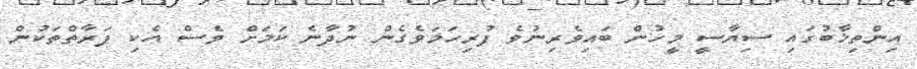
އިންތިޚާބުގައި ސިޔާސީ މީހުން ބައިވެރިނުވެ ފުރިހަމަވެގެން ނުދާނެ ކަމަށް ވެސް އެކި ފަރާތްތަކުން